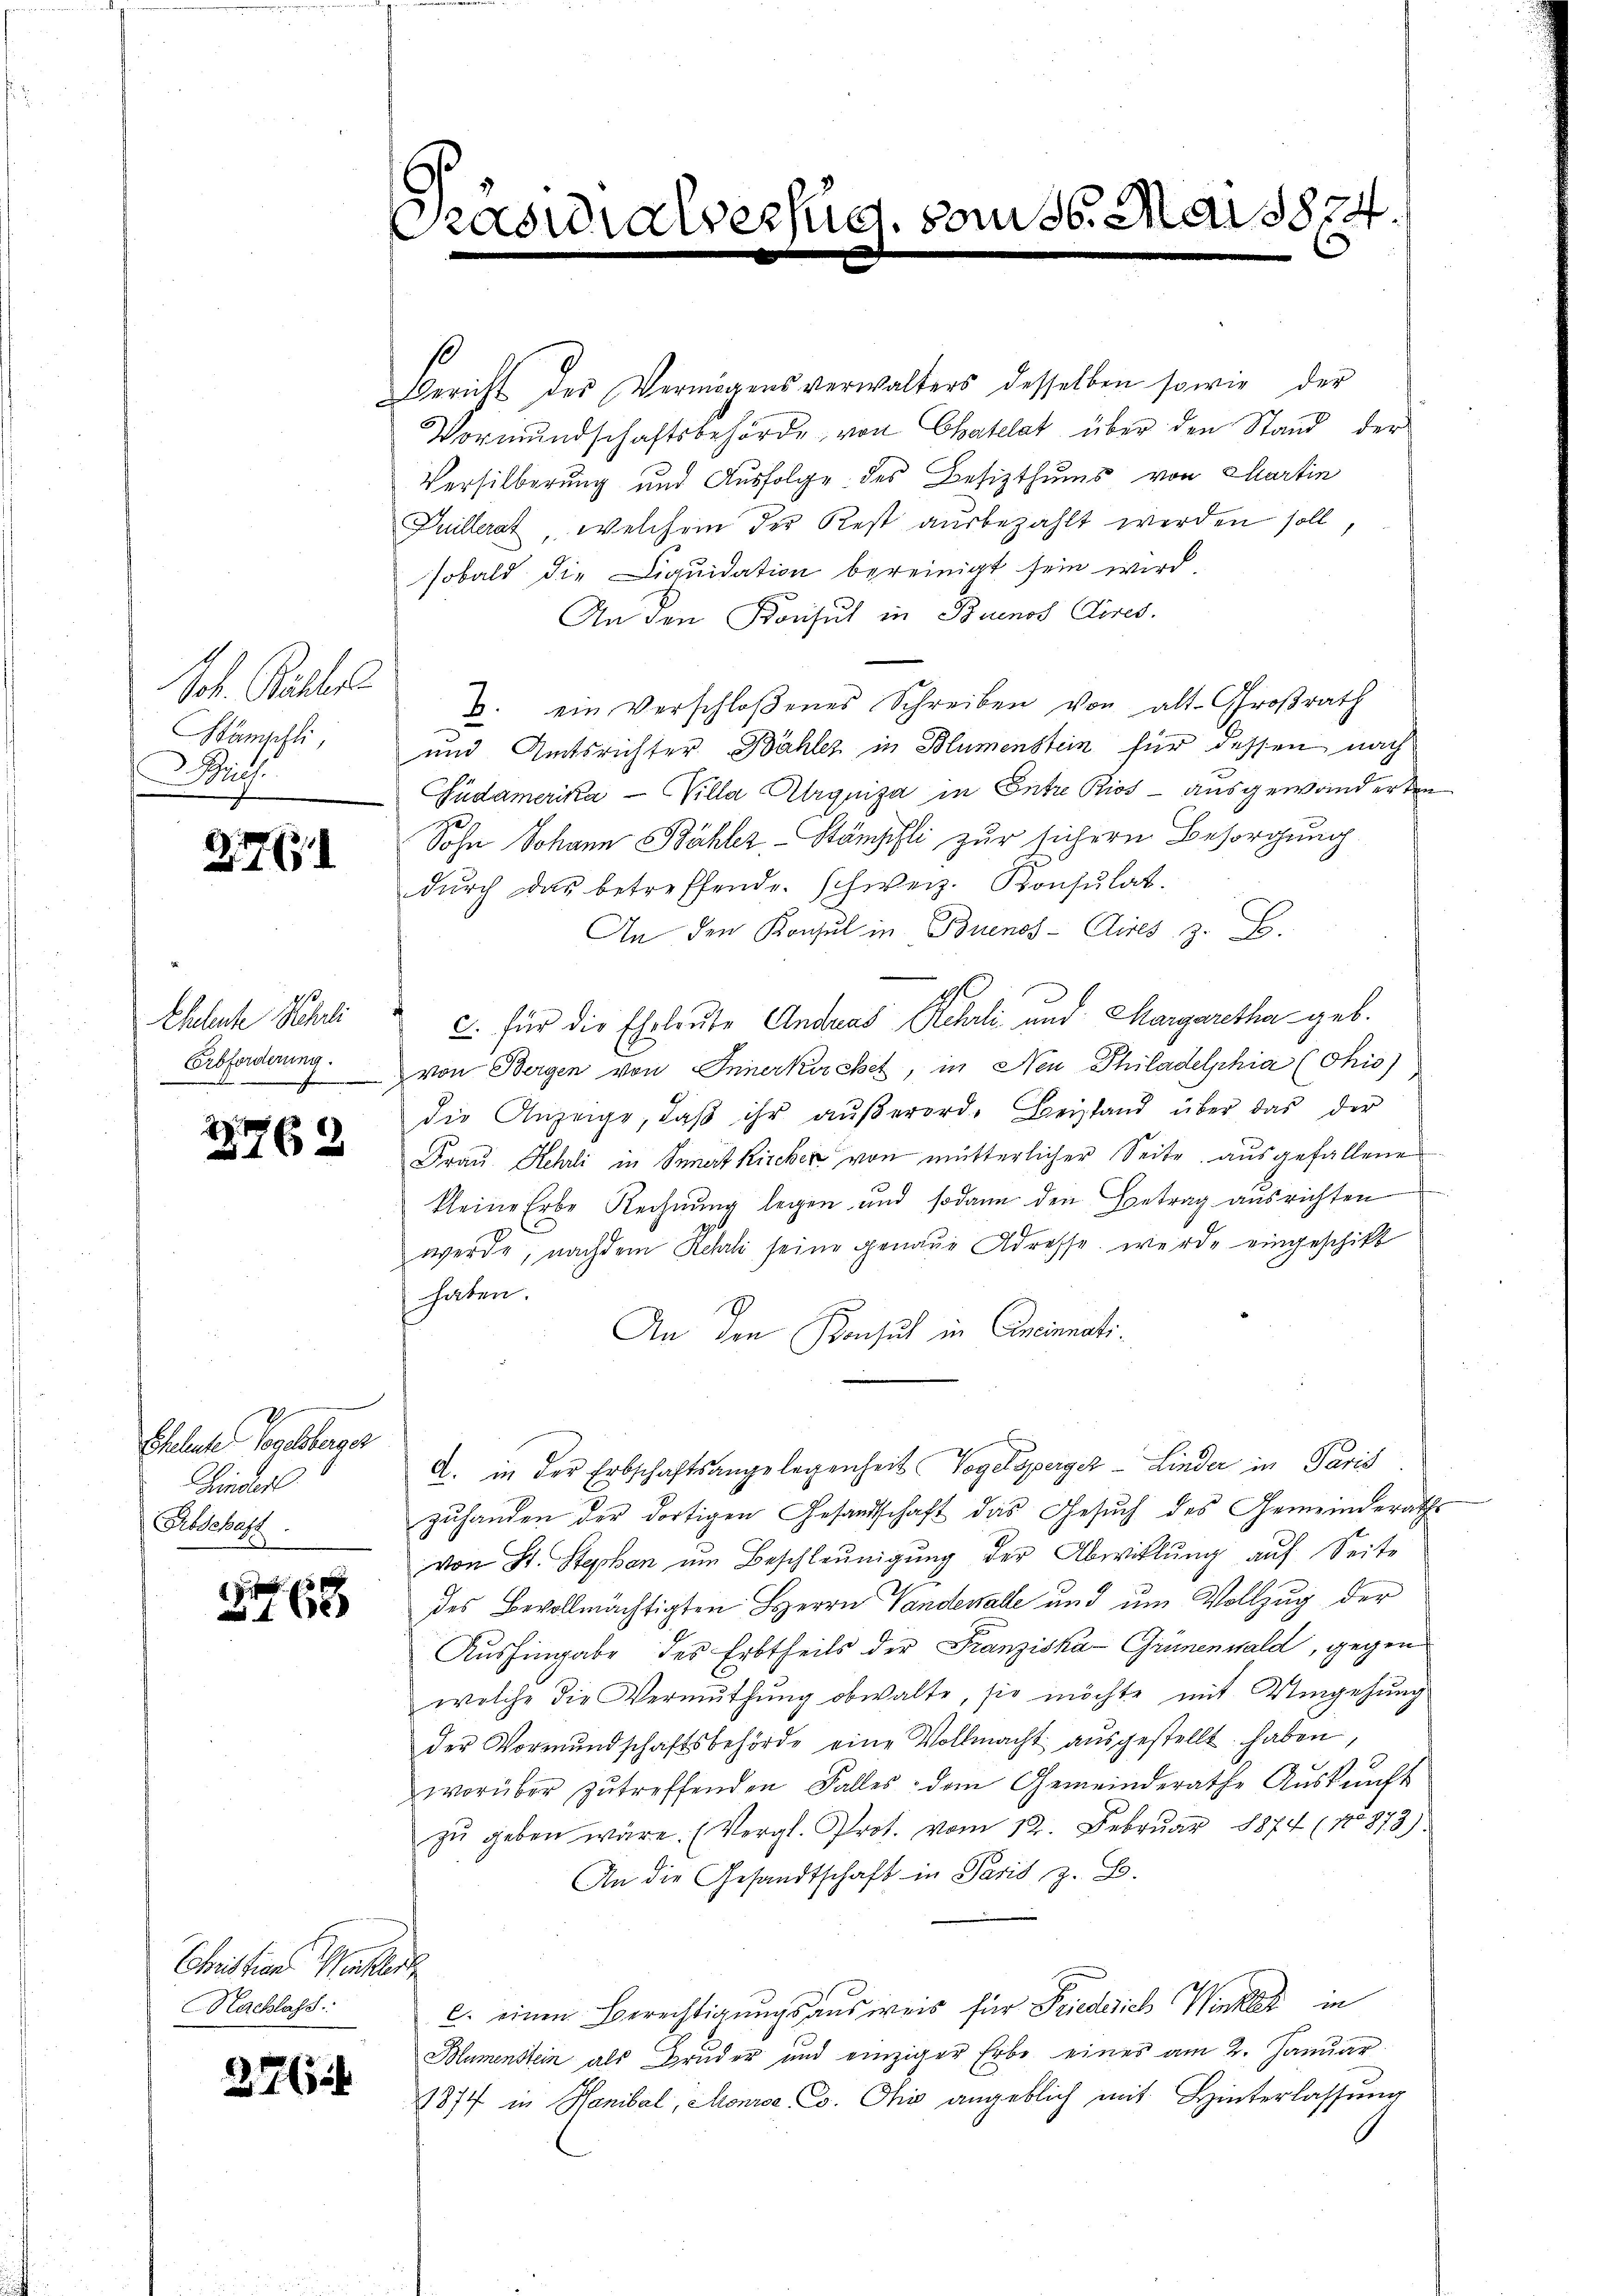
Joh. Kälber
Hämschli
Brief

2. 767.

Eheleute Schli

27762

Eheliche Vogelsberger
Hinderl
Abschaft
d

168

Christian Werker
Nachlass

276

asialversuc
.

Bericht des Vermögensverwalters desselben sowie der
Vormundschaftsbehörde von Chatelat über den Stand, der
Versilberung und Ausfolge des Besizthums von Martin
Juillerat, welchem der Rest ausbezahlt werden soll,
sobald die Liquidation bereinigt sein wird.
An den Konsul in Buenos Aires.
B. ein Verschloßenes Schreiben von alt-Großrath
und Amtsrichter. Bähler in Blumenstein für dessen nach
Südamerika — Villa Alrquisa in Entre Bios ausgewanderten
Sohn Johann Bähler-Stämpfli zur sichern Besorgung
dŭrch das betreffende schweiz. Konsŭlat.
An den Konsul in Buenos-Aires z. B.
1
C. für die Eheleute Andreas Rehrli und Margaretha geb.
Erbforderung von Bergen von Innerkuchet, in Neu Philadelphia (Chio)
die Anzeige, daβ ihr aŭβerord- Beistand über das der
Frau Rehrli in Senat Kircher von mütterlicher Seite ausgefallenen
kleine Erbe Rechnung legen und sodann den Betrag ausrichten
werde, nachdem Kehrli seine genaue Adresse, wurde eingeschikt
haben.
An den Konsul in Concimmatia. in der Erbschaftsangelegenheit Vogelsperger-Linder in Paris
zuhanden der dortigen Gesandschaft das Gesuch des Gemeinderaths
von St. Stephan um Beschleunigung der Abwitlung auf Seite
h
des Bevollmächtigten Herrn Vandenalle und um Vollzug der
Aushingabe des Erbtheils der Franziska-Grünenwald, gegen
welche die Vermuthung obwalte, sie möchte mit Umgehung
der Vormŭndschaftsbehörde eine Vollmacht aŭsgestellt haben,
worüber zŭ treffenden Falles dem Gemeinderathe Aŭskŭnft
zŭ geben wäre. (Vergl. Prot. vom 12. Febrŭar 18874 (10873)
An die Gesandtschaft in Paris, z. B.
c. einen Berechtigungsausweis für Friederich Winkler in
Blumenstein als Bruder und einziger Erbe eines am 2. Januar
1874 in Hanibal, Monrse, Co. Ohio angeblich mit Hinterlassung

am 26. Mai 1874.